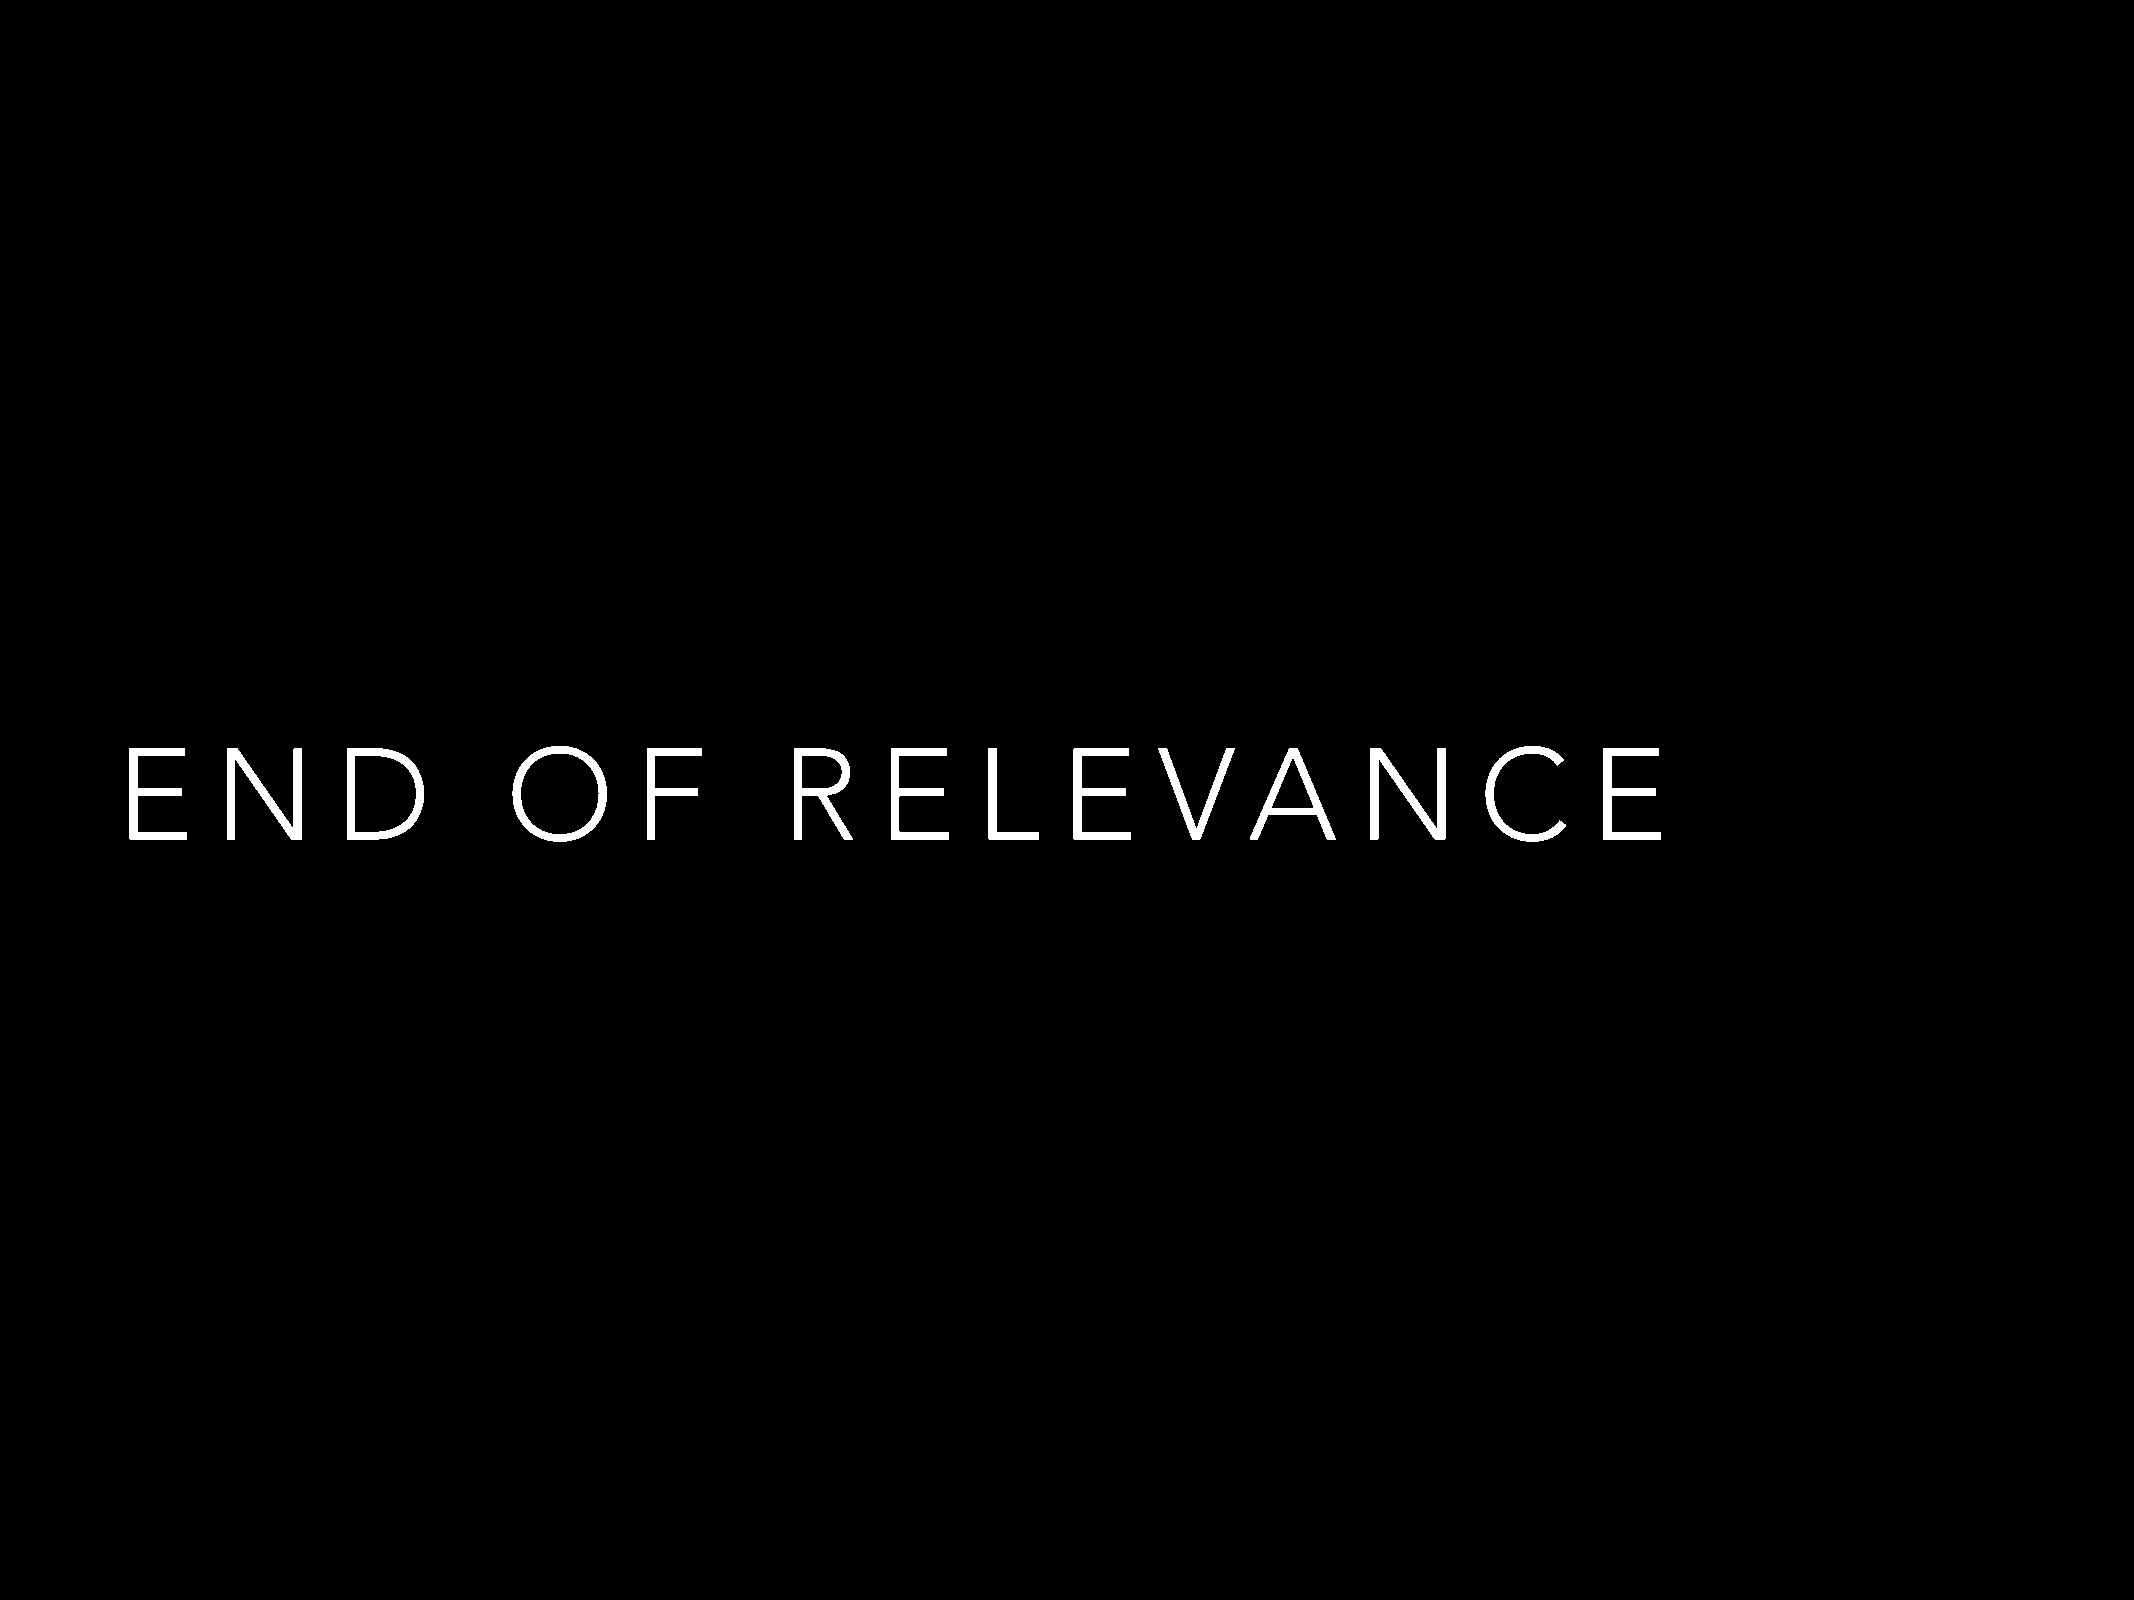
E     N       D          O        F         R     E      L    E      V     A      N       C      E